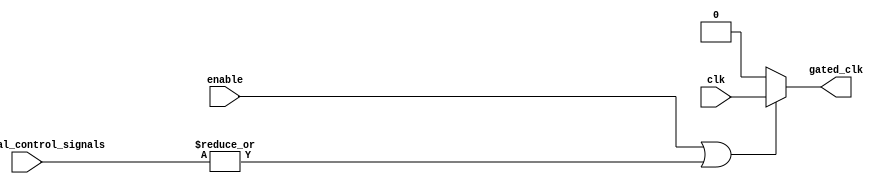
module clock_gating (
    input wire clk,                     // Main clock signal
    input wire enable,                  // Enable signal for memory block
    input wire [N-1:0] additional_control_signals, // Additional control signals
    output wire gated_clk               // Gated clock signal for memory block
);
    parameter N = 2; // Number of additional control signals, adjust as needed

    // Internal signal to hold the OR result
    wire or_result;

    // OR gate logic to combine enable and additional control signals
    assign or_result = enable | |additional_control_signals;

    // Gated clock signal
    assign gated_clk = or_result ? clk : 1'b0; // If or_result is high, pass clk, else output 0

endmodule